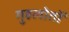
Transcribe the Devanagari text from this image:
गुहलोतों